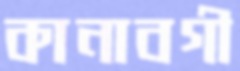
কানাবগী